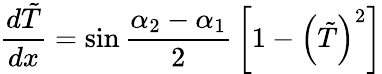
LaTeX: {\frac{d\tilde{T}}{dx}}=\sin{\frac{\alpha_{2}-\alpha_{1}}{2}}\left[1-\left(\tilde{T}\right)^{2}\right]